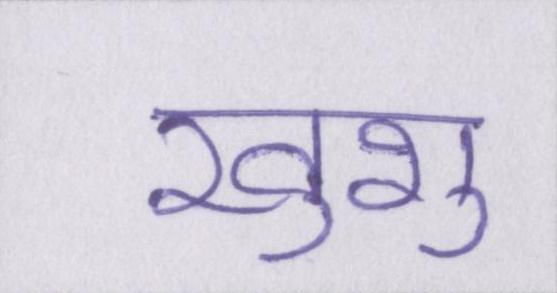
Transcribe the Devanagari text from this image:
खुशु